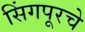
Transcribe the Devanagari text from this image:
सिंगपूरचे